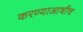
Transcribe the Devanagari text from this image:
करण्याआधीच